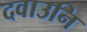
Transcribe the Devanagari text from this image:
दवाउनि